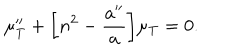
\mu _ { \mathrm { T } } ^ { \prime \prime } + \biggl [ n ^ { 2 } - \frac { a ^ { \prime \prime } } { a } \biggr ] \mu _ { \mathrm { T } } = 0 .